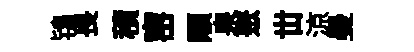
鴇畏積宻顒泉聚丗涼曼